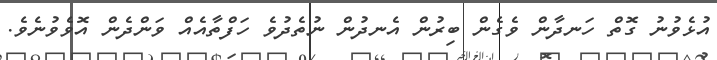
އުޅެވުނު ގޮތް ހަނދާން ވެގެން ބިރުން އެނދުން ނުތެދުވެ ހަފްތާއެއް ވަންދެން އޮވެވުނެވެ.